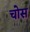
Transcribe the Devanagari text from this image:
चोस